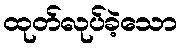
ထုတ်လုပ်ခဲ့သော